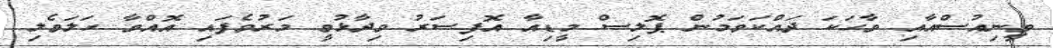
ވީނިއުސްއާއި ވާހަކަ ދައްކަވަމުން ޕޮލިސް މީޑިއާ އޮފިސަރު ވިދާޅުވީ މަރުވެފައި އޮއްވާ ހަލަވެލި